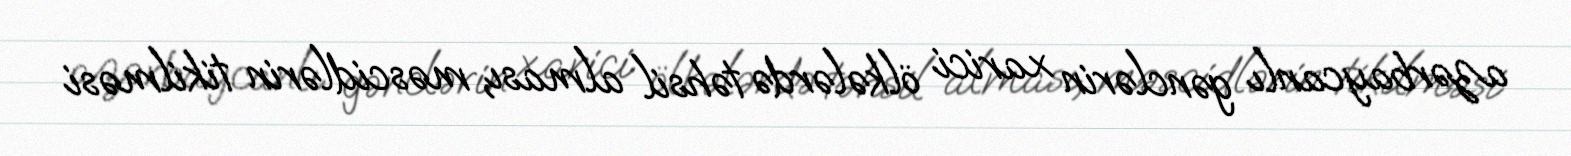
azərbaycanlı gənclərin xarici ölkələrdə təhsil alması, məscidlərin tikilməsi